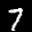
Label: 7